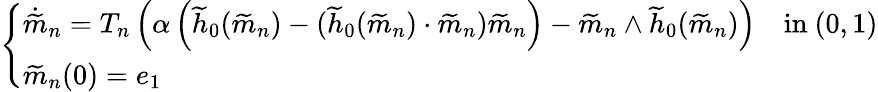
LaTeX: \left\{ \begin{array}{ll}{\dot{\widetilde{m}}_{n}=T_{n}\left(\alpha\left(\widetilde{h}_{0}(\widetilde{m}_{n})-(\widetilde{h}_{0}(\widetilde{m}_{n})\cdot\widetilde{m}_{n})\widetilde{m}_{n}\right)-\widetilde{m}_{n}\wedge\widetilde{h}_{0}(\widetilde{m}_{n})\right)}&{\mathrm{in~}(0,1)}\\ {\widetilde{m}_{n}(0)=e_{1}}&\end{array}\right.